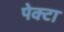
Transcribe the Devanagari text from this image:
पेक्टा